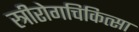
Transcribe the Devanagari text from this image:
स्त्रीरोगचिकित्सा